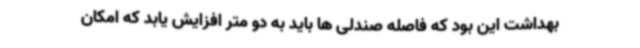
بهداشت این بود که فاصله صندلی ها باید به دو متر افزایش یابد که امکان